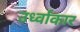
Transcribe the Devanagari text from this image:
उर्ध्वाकार